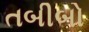
તબીબો